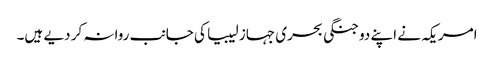
امریکہ نے اپنے دو جنگی بحری جہاز لیبیا کی جانب روانہ کر دیے ہیں۔